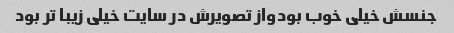
جنسش خیلی خوب بودواز تصویرش در سایت خیلی زیبا تر بود